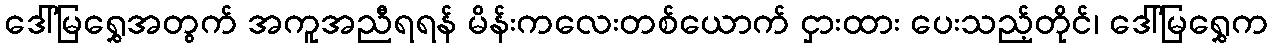
ဒေါ်မြရွှေအတွက် အကူအညီရရန် မိန်းကလေးတစ်ယောက် ငှားထား ပေးသည့်တိုင်၊ ဒေါ်မြရွှေက